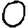
Digit: 0